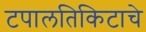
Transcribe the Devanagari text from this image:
टपालतिकिटाचे